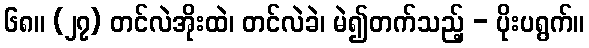
၆၈။ (၂၇) တင်လဲအိုးထဲ၊ တင်လဲခဲ၊ မဲ၍တက်သည့် - ပိုးပရွက်။